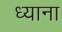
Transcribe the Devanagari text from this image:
ध्याना